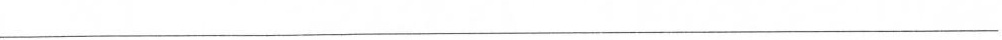
___